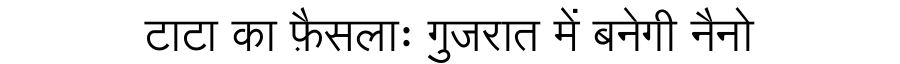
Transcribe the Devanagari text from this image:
टाटा का फ़ैसलाः गुजरात में बनेगी नैनो